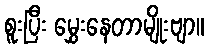
စူးပြီး မွှေးနေတာမျိုးဗျာ။